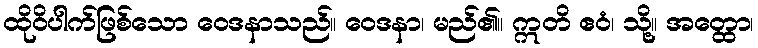
ထိုဝိပါက်ဖြစ်သော ဝေဒနာသည်။ ဝေဒနာ၊ မည်၏။ ဣတိ ဧဝံ၊ သို့။ အတ္ထော၊